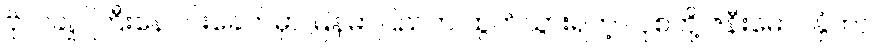
ဗိုလ်ချုပ်ကြီးနေဝင်းခေတ်မှာ မြန်မာပြည်က ထွက်သွားရတဲ့ လုစ်တို့ ဇနီးမောင်နှံဟာ